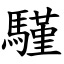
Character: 騹